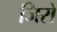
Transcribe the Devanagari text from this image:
जिरो